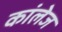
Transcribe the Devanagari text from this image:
कांलेज